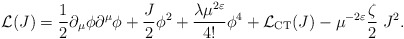
\begin{align*}{\cal L}(J) = \frac{1}{2}\partial_\mu \phi \partial^\mu \phi + \frac{J}{2}\phi^2 + \frac{\lambda \mu^{2\varepsilon}}{4!} \phi^4 +{\cal L}_{\rm CT}(J)-\mu^{-2\varepsilon}\frac{\zeta}{2} \;J^2.\end{align*}